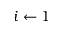
i \gets 1